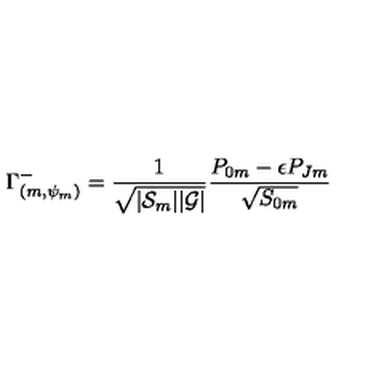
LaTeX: \Gamma _ { ( m , \psi _ { m } ) } ^ { - } = { \frac { 1 } { \sqrt { | { \cal S } _ { m } | | { \cal G } | } } } { \frac { { P } _ { 0 m } - \epsilon { P } _ { J m } } { \sqrt { { S } _ { 0 m } } } }